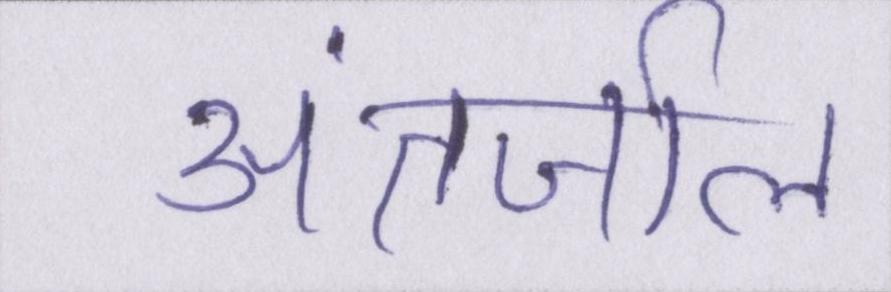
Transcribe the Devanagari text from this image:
अंतर्जाल